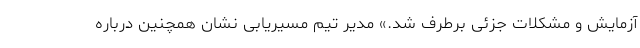
آزمایش و مشکلات جزئی برطرف شد.» مدیر تیم مسیریابی نشان همچنین درباره